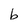
Character: b